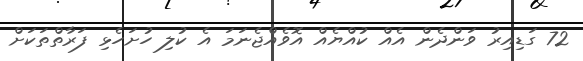
72 ގަޑިއިރު ވަންދެން އެއް ކުއްޔެއް އޮވެއްޖެނަމަ އެ ކުލި ހުށަހެޅި ފަރާތްތަކަށް